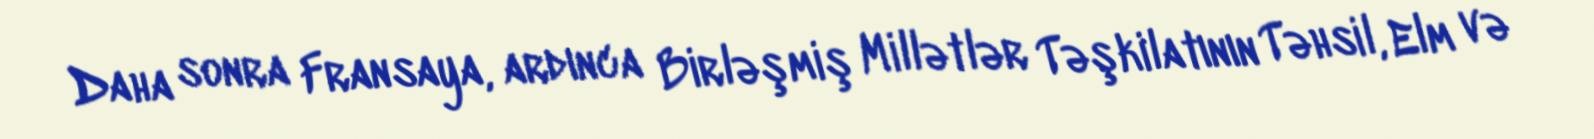
Daha sonra Fransaya, ardınca Birləşmiş Millətlər Təşkilatının Təhsil, Elm və